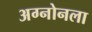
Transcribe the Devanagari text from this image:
अग्नोनला